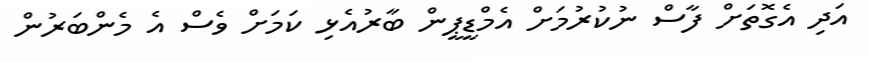
އަދި އެގޮތަށް ފާސް ނުކުރުމަށް އެމްޑީޕީން ބާރުއެޅި ކަމަށް ވެސް އެ މެންބަރުން